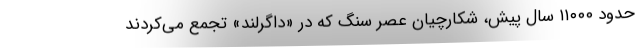
حدود ۱۱۰۰۰ سال پیش، شکارچیان عصر سنگ که در «داگرلند» تجمع می‌کردند